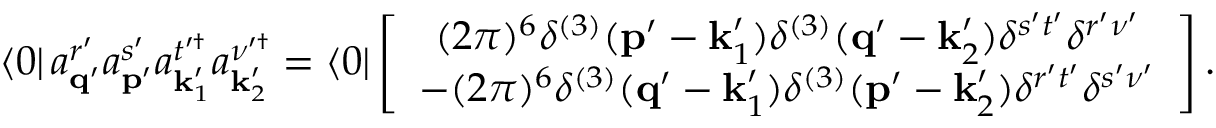
\left\langle 0 \right\vert a _ { \mathbf { q } ^ { \prime } } ^ { r ^ { \prime } } a _ { \mathbf { p } ^ { \prime } } ^ { s ^ { \prime } } a _ { \mathbf { k } _ { 1 } ^ { \prime } } ^ { t ^ { \prime \dagger } } a _ { \mathbf { k } _ { 2 } ^ { \prime } } ^ { \nu ^ { \prime \dagger } } = \left\langle 0 \right\vert \left[ \begin{array} { c } { ( 2 \pi ) ^ { 6 } \delta ^ { ( 3 ) } ( \mathbf { p } ^ { \prime } - \mathbf { k } _ { 1 } ^ { \prime } ) \delta ^ { ( 3 ) } ( \mathbf { q } ^ { \prime } - \mathbf { k } _ { 2 } ^ { \prime } ) \delta ^ { s ^ { \prime } t ^ { \prime } } \delta ^ { r ^ { \prime } \nu ^ { \prime } } } \\ { - ( 2 \pi ) ^ { 6 } \delta ^ { ( 3 ) } ( \mathbf { q } ^ { \prime } - \mathbf { k } _ { 1 } ^ { \prime } ) \delta ^ { ( 3 ) } ( \mathbf { p } ^ { \prime } - \mathbf { k } _ { 2 } ^ { \prime } ) \delta ^ { r ^ { \prime } t ^ { \prime } } \delta ^ { s ^ { \prime } \nu ^ { \prime } } } \end{array} \right] .